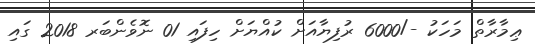
ޢިމާރާތް މަހަކު -/6000 ރުފިޔާއަށް ކުއްޔަށް ހިފައި 01 ނޮވެންބަރ 2018 ގައި